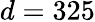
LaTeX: d=325